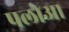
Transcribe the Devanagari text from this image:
पलोआ